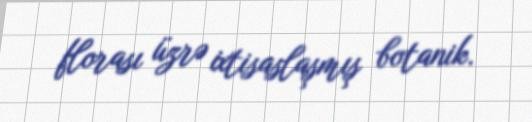
florası üzrə ixtisaslaşmış botanik.